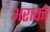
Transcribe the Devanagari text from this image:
अराको